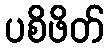
ပစိဖိတ်